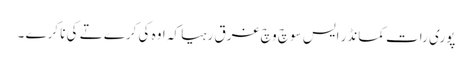
پوری رات کمانڈر ایس سوچ وچ غرق رہیا کہ اوہ کی کرے تے کی نا کرے ۔